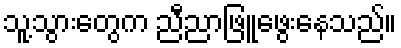
သူ့သွားတွေက ညီညာဖြူဖွေးနေသည်။